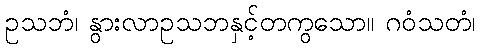
ဥသဘံ၊ နွားလာဥသဘနှင့်တကွသော။ ဂဝံသတံ၊